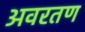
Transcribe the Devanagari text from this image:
अवरतण